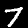
Digit: 7